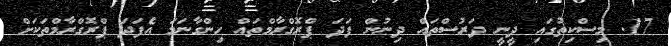
17. މިސްކިތުގައި ދީނީ ދަރުސްތައް ދިނުން ފަދަ ޕްރޮގްރާމްތައް ހިންގާނަމަ އެފަދަ ޕްރޮގްރާމްތަކަށް